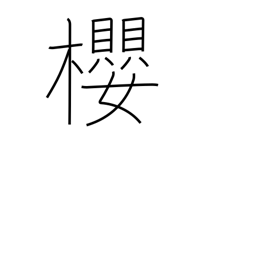
Meaning: cherry